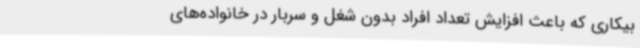
بیکاری که باعث افزایش تعداد افراد بدون شغل و سربار در خانواده‌های